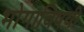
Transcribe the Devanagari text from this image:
भोगाविषयी